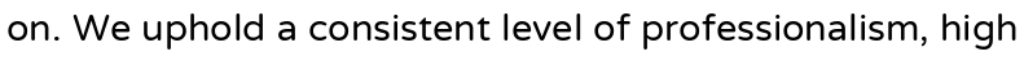
on. We uphold a consistent level of professionalism, high